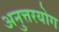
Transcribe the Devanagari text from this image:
अनुत्तरयोग